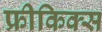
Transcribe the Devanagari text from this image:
फ्रीकिक्स